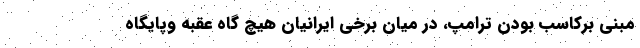
مبنی برکاسب بودن ترامپ، در میان برخی ایرانیان هیچ گاه عقبه وپایگاه